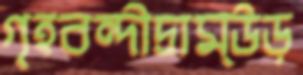
গৃহবন্দীদ্রাম্উড়